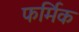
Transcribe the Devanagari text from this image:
फर्मिक